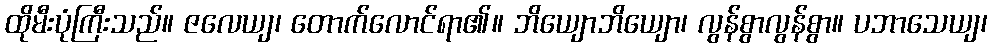
ထိုမီးပုံကြီးသည်။ ဇလေယျ၊ တောက်လောင်ရာ၏။ ဘိယျောဘိယျော၊ လွန်စွာလွန်စွာ။ ပဘာသေယျ၊